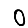
Digit: 0